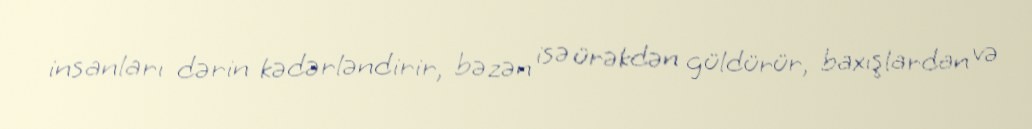
insanları dərin kədərləndirir, bəzən isə ürəkdən güldürür, baxışlardan və